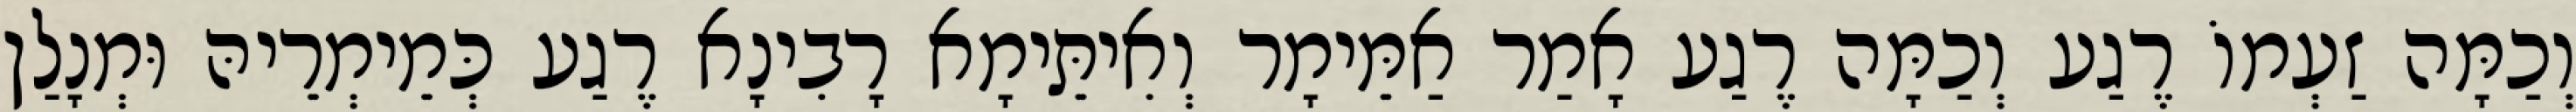
וְכַמָּה זַעְמוֹ רֶגַע וְכַמָּה רֶגַע אָמַר אַמֵּימָר וְאִיתֵּימָא רָבִינָא רֶגַע כְּמֵימְרֵיהּ וּמְנָלַן